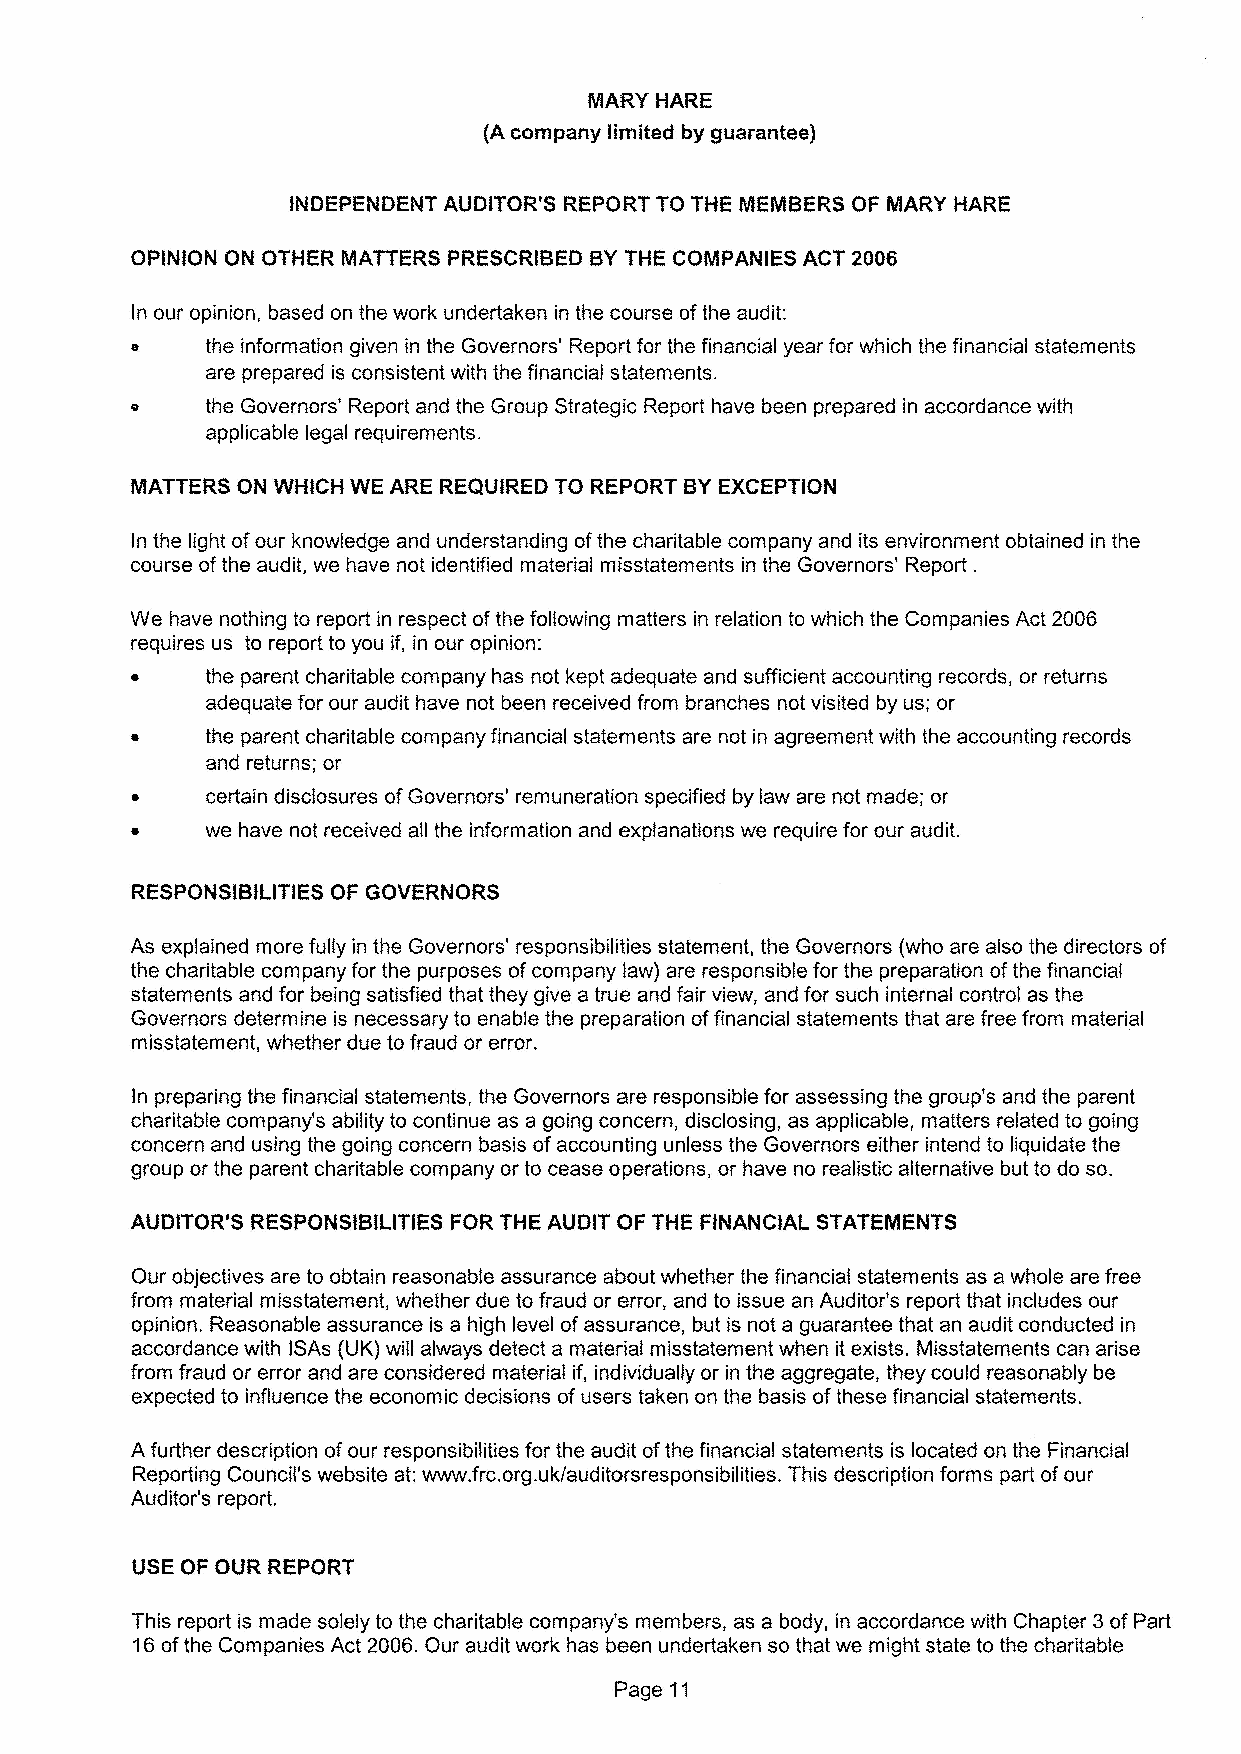
OPINION GN OTHER MATTERS PRESCRIBED BYTHE COMPANIES ACT 2006
 In our opinion, based on the work undertaken in the course ofthe audit:
 the information given in the Governors' Report for the financial year for which the financial statements
 are prepared is consistent with the financial statements.
 e    the Governors' Report and the Group Strategic Report have been prepared in accordance with
 applicable legal requirements.
 MATTERS GN WHICH WE ARE REQUIRED TG REPORT BYEXCEPTION
 In the light ofour knowledge and understanding ofthe charitable company and its environment obtained in the
 course ofthe audit, we have not identified material misstatements in the Governors' Report .
 VVe have nothing to report in respect ofthe following matters in relation to which the Companies Act 2006
 requires us to report to you if, in our opinion:
 e    the parent charitable company has not kept adequate and sufficient accounting records, or returns
 adequate for our audit have not been received from branches not visited by us; or
 the parent charitable company financial statements are not in agreement with the accounting records
 and returns; or
 certain disclosures ofGovernors' remuneration specified by law are not made; or
 we have not received all the information and explanations we require for our audit.
 RESPONSIBILITIES GF GOVERNORS
 As explained more fully in the Governors' responsibilities statement, the Governors {who are also the directors of
 the charitable company for the purposes ofcompany law) are responsible for the preparation ofthe financial
 statements and for being satisfied that they give a true and fair view, and for such internal control as the
 Governors determine is necessary to enable the preparation offinancial statements that are free from material
 misstatement, whether due to fraud or error.
 In preparing the financial statements, the Governors are responsible for assessing the group's and the parent
 charitable company's ability to continue as a going concern, disclosing, as applicable, matters related to going
 concern and using the going concern basis ofaccounting unless the Governors either intend to liquidate the
 group or the parent charitable company or to cease operations, or have no realistic alternative but to do so.
 AUDITOR'S RESPGNSIBII ITIES FOR THE AUDIT GF THE FINANCIAI STATEMENTS
 Our objectives are to obtain reasonable assurance about whether the financial statements as a whole are free
 from material misstatement, whether due to fraud or error, and to issue an Auditor's report that includes our
 opinion. Reasonable assurance is a high level ofassurance, but is not a guarantee that an audit conducted in
 accordance with ISAs (UK) will always detect a material misstatement when it exists. IVlisstatements can arise
 from fraud or error and are considered material if, individually or in the aggregate, they could reasonably be
 expected to influence the economic decisions ofusers taken on the basis ofthese financial statements.
 A further description ofour responsibilities for the audit ofthe financial statements is located on the Financial
 Reporting Council's website at:www. frc.org.uk/auditorsresponsibilities. This description forms part ofour
 Auditor's report.
 USE OF GUR REPORT
 This report is made solely to the charitable company's members, as a body, in accordance with Chapter 3ofPart
 16ofthe Companies Act 2006.Our audit work has been undertaken so that we might state to the charitable
 Page 11